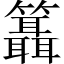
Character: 𥷨